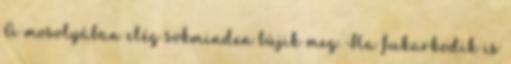
A mosolyában elég sokminden bújik meg. Ha fukarkodik is